Vaccine operations Central Provinces 1886-1899 - 1886-1899
Year: 1886
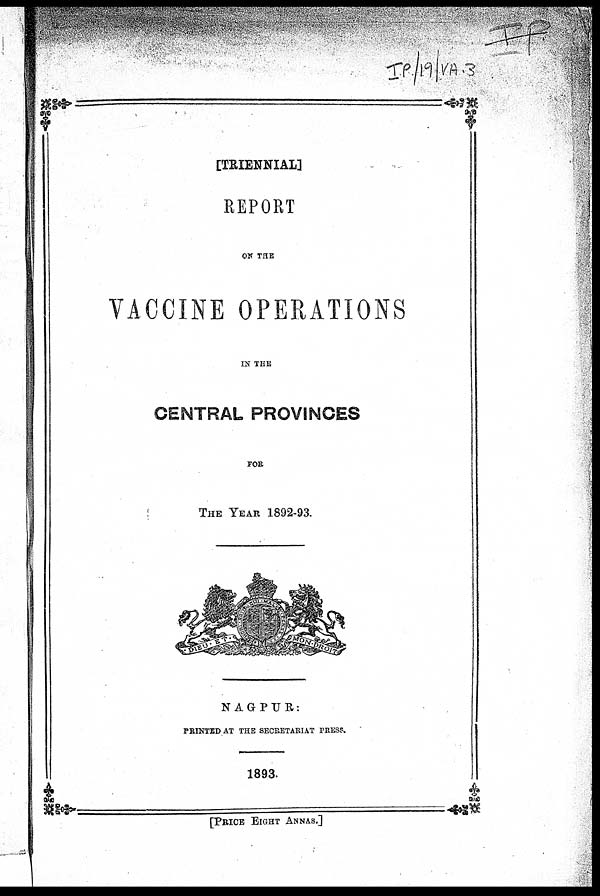
[TRIENNIAL]
REPORT
ON THE
VACCINE OPERATIONS
IN THE
CENTRAL PROVINCES
FOR
THE YEAR 1892-93.
NAGPUR:
PRINTED AT THE SECRETARIAT PRESS.
1893.
[PRICE EIGHT ANNAS.]